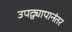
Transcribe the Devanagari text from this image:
उपद्व्यापानंतर